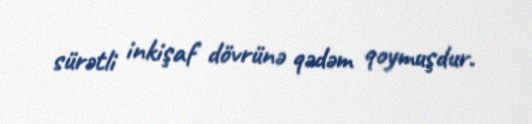
sürətli inkişaf dövrünə qədəm qoymuşdur.